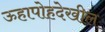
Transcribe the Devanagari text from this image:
ऊहापोहदेखील